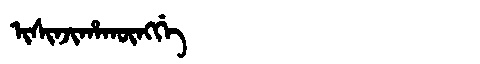
Manchu: ᡳᠰᡳᠨᠵᡳᡥᠠᡴᡡᠩᡤᡝ
Romanization: ISINJIHAKŪNGGE